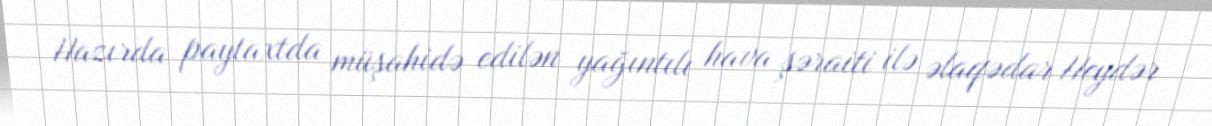
Hazırda paytaxtda müşahidə edilən yağıntılı hava şəraiti ilə əlaqədar Heydər